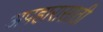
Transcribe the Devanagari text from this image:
अपहारासाठी